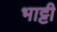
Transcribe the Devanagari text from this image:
भाट्टी